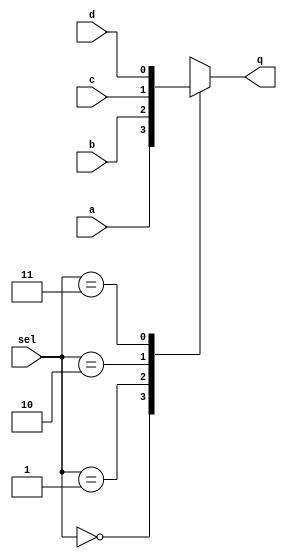
module switch (q,a,b,c,d,sel);
input a,b,c,d;
input [1:0] sel;
output q;
reg q;
always @ *
     case (sel)
         2'b00: q = a;
	 2'b01: q = b;
	 2'b10: q = c;
	 2'b11: q = d;
     endcase

endmodule

module test ;
reg [1:0] sel;
reg a,b,c,d;
wire q;

switch u_switch (q,a,b,c,d,sel);

initial
  begin
    a = 0;
    b = 0;
    c = 0;
    d = 0;
    sel = 2'b00;

    #1;
    if(q !== 1'b0)
      begin
        $display("FAILED");
        $finish;
      end
    a = 1;
    #1;
    if(q !== 1'b1)
      begin
        $display("FAILED");
        $finish;
      end
    $display("PASSED");
  end
endmodule